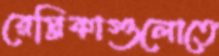
রেপ্লিকাগুলোতে